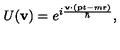
U ( { \bf v } ) = e ^ { i \frac { { \bf v } \cdot ( { \bf p } t - m { \bf r } ) } { \hbar } } ,